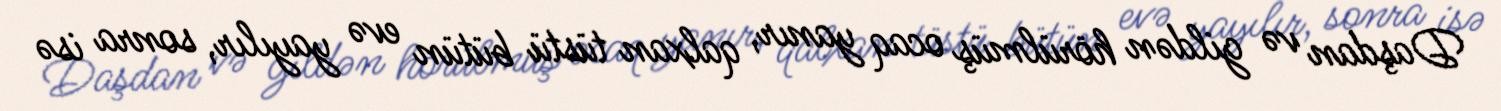
Daşdan və gildən hörülmüş ocaq yanır, qalxan tüstü bütün evə yayılır, sonra isə